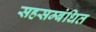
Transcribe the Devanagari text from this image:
सहसम्बंधित